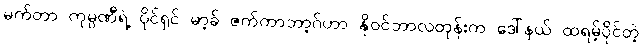
မက်တာ ကုမ္ပဏီရဲ့ ပိုင်ရှင် မာ့ခ် ဇက်ကာဘာ့ဂ်ဟာ နိုဝင်ဘာလတုန်းက ဒေါ်နယ် ထရမ့်ပိုင်တဲ့